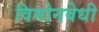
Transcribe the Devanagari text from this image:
विमोनवेधी